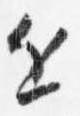
近